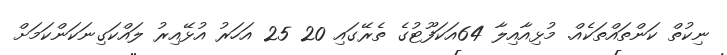
ނިކުތް ކަންތައްތަކެއް. މުޅިއާއިލާ 64އަކަފޫޓުގެ ތެރޭގައި 20 25 އަހަރު އުޅޭއިރު ލައްކަގިނަކަންކަމަށް